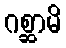
ဂစ္ဆာမိ